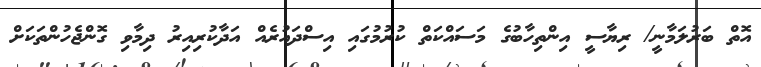
އޮތް ބަރުލަމާނީ/ ރިޔާސީ އިންތިހާބުގެ މަސައްކަތް ކުރުމުގައި އިސްދައުރެއް އަދާކުރިއިރު ދިމާވި ގޮންޖެހުންތަކަށް